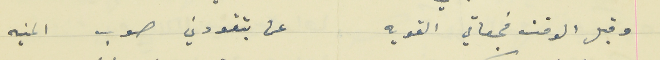
وقبل الوقت فجعاتي القويه                                  عن بتقودني صوب المنيه